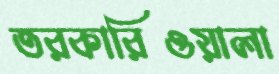
তরকারিওয়ালা